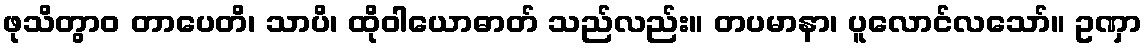
ဖုသိတွာဝ တာပေတိ၊ သာပိ၊ ထိုဝါယောဓာတ် သည်လည်း။ တပမာနာ၊ ပူလောင်လသော်။ ဥဏှာ